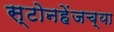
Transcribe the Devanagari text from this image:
स्टोनहेंजच्या